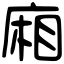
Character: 廂